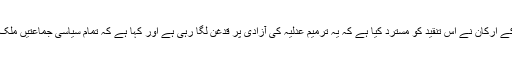
اٹھارویں آئینی ترمیم مرتب کرنے والی اصلاحاتی کمیٹی کے ارکان نے اس تنقید کو مسترد کیا ہے کہ یہ ترمیم عدلیہ کی آزادی پر قدغن لگا رہی ہے اور کہا ہے کہ تمام سیاسی جماعتیں ملک میں ایک آزاد اور غیر جانبدار عدلیہ کو دیکھنا چاہتی ہیں۔